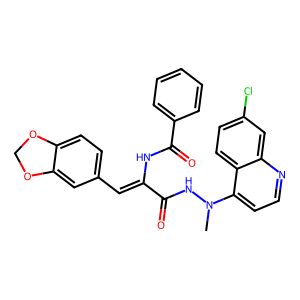
SMILES: CN(NC(=O)C(=Cc1ccc2c(c1)OCO2)NC(=O)c1ccccc1)c1ccnc2cc(Cl)ccc12
Inhibits HIV replication: No